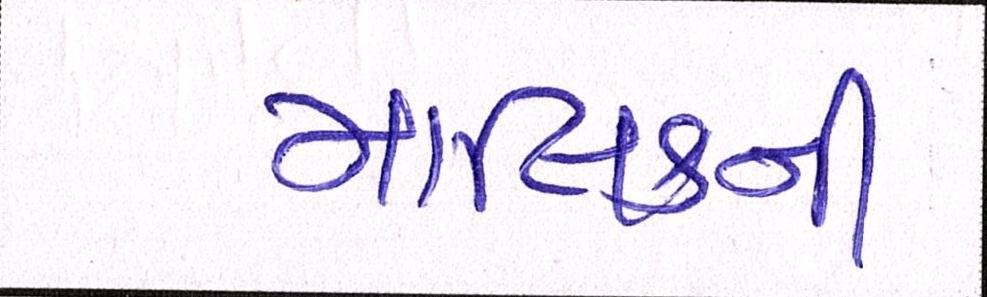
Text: માલિકની